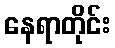
နေရာတိုင်း